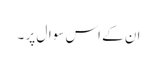
ان کے اس سوال پر ۔